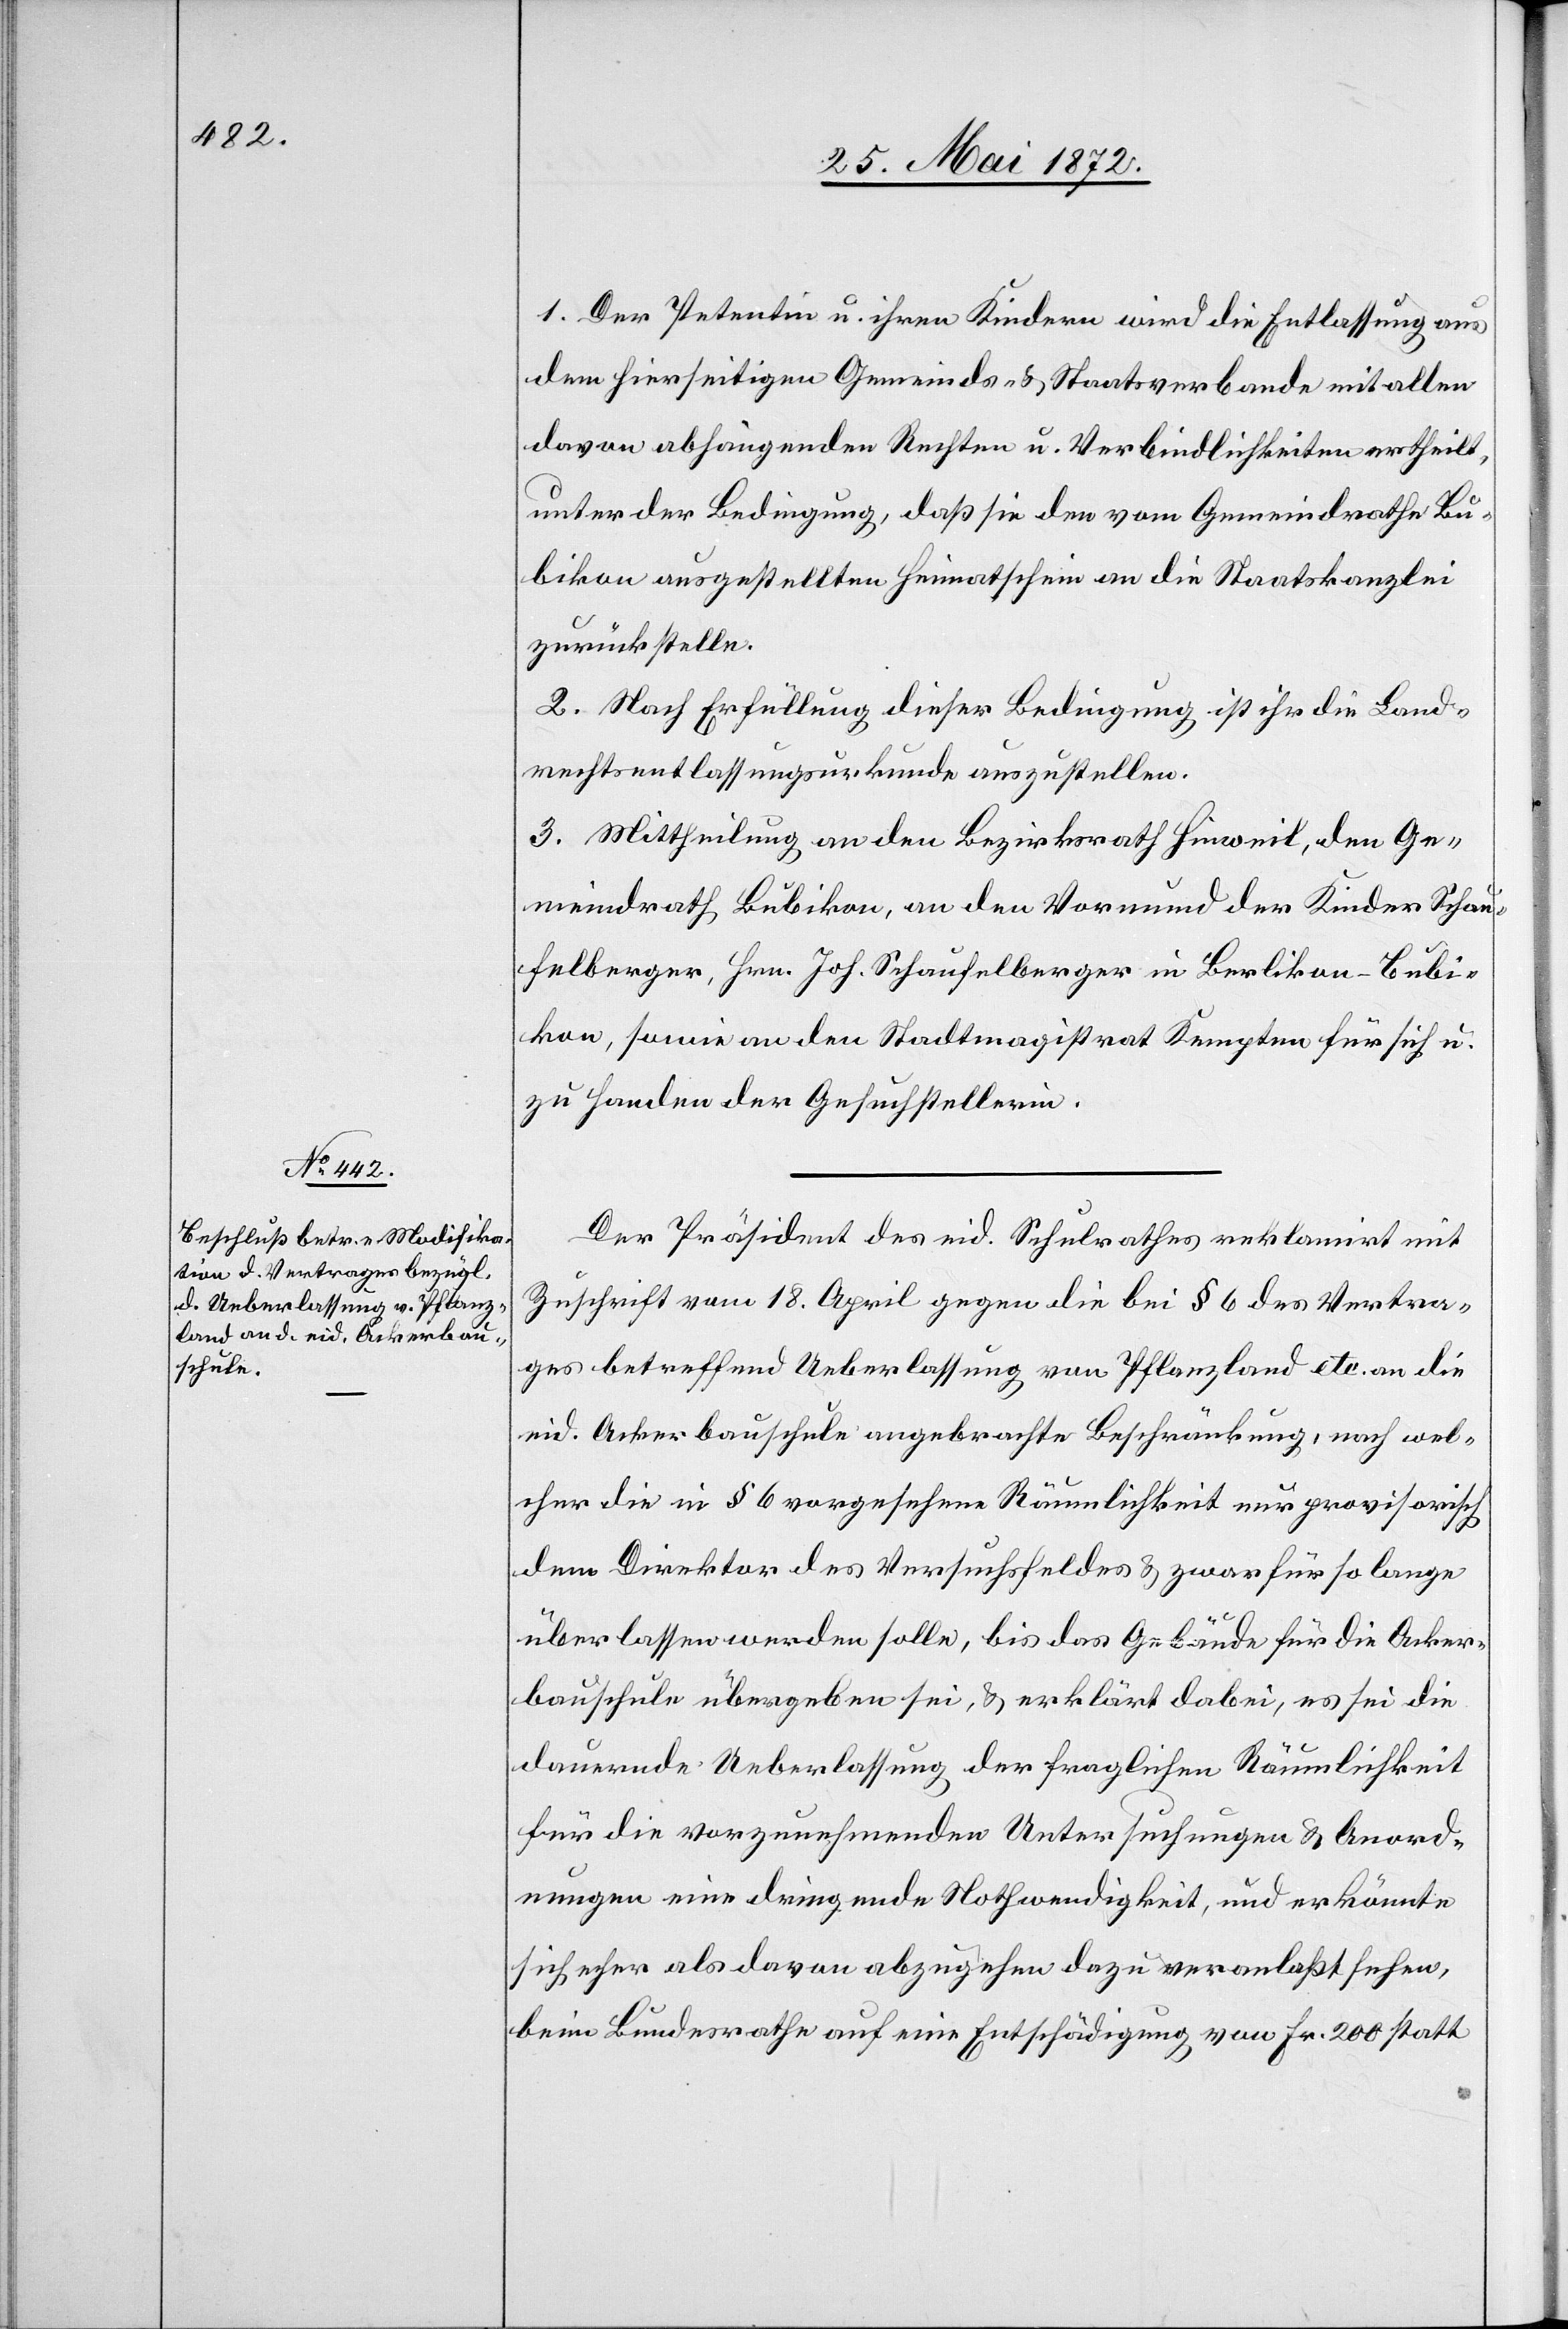
1. Der Petentin u. ihren Kindern wird die Entlassung aus
dem hierseitigen Gemeinds- u. Staatsverbande mit allen
davon abhängenden Rechten u. Verbindlichkeiten ertheilt,
unter der Bedingung, daß sie den vom Gemeindrathe Bu¬
bikon ausgestellten Heimatschein an die Staatskanzlei
zurückstelle.
2. Nach Erfüllung dieser Bedingung ist ihr die Land¬
rechtsentlassungsurkunde auszustellen.
3. Mittheilung an den Bezirksrath Hinweil, den Ge¬
meindrath Bubikon, an den Vormund der Kinder Schau¬
felberger, Hrn. Joh. Schaufelberger in Berlikon-Bubi¬
kon, sowie an den Stadtmagistrat Kempten für sich u.
zu Handen der Gesuchstellerin.
Der Präsident des eid. Schulrathes reklamirt mit
Zuschrift vom 18. April gegen die bei § 6 des Vertra¬
ges betreffend Ueberlassung von Pflanzland etc. an die
eid. Ackerbauschule angebrachte Beschränkung, nach wel¬
cher die in § 6 vorgesehen Räumlichkeit nur provisorisch
dem Direktor des Versuchsfeldes u. zwar für so lange
überlassen werden solle, bis das Gebäude für die Acker¬
bauschule übergeben sei, u. erklärt dabei, es sei die
dauernde Ueberlassung der fraglichen Räumlichkeit
für die vorzunehmenden Untersuchungen u. Anord¬
nungen eine dringende Nothwendigkeit, und er könnte
sich eher als davon abzugehen dazu veranlaßt sehen,
beim Bundesrathe auf eine Entschädigung von Fr. 200 statt